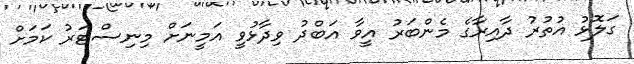
ގަލޮޅު އުތުރު ދާއިރާގެ މެންބަރު އީވާ އަބްދު ވިދާޅުވީ އަމީނަށް މިނިސްޓަރު ކަމަށް